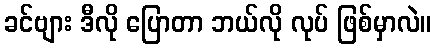
ခင်ဗျား ဒီလို ပြောတာ ဘယ်လို လုပ် ဖြစ်မှာလဲ။